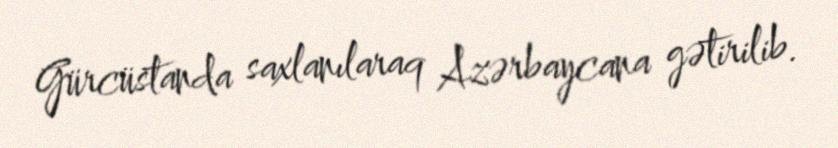
Gürcüstanda saxlanılaraq Azərbaycana gətirilib.